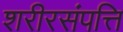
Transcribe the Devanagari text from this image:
शरीरसंपत्ति